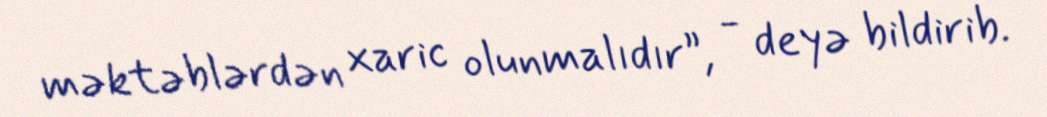
məktəblərdən xaric olunmalıdır”, - deyə bildirib.